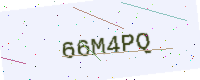
Text: 66M4PQ